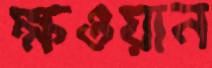
ক্ষওয়ান